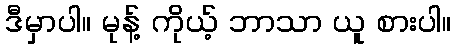
ဒီမှာပါ။ မုန့် ကိုယ့် ဘာသာ ယူ စားပါ။